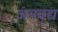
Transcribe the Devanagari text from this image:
अनवद्य